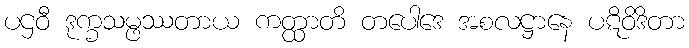
ပဌဝီ ဒုက္ခသမ္ဖဿတာယ ကတ္ထာတိ တပေါဒေ အစလဋ္ဌာနေ ပဋိဝိဒိတာ